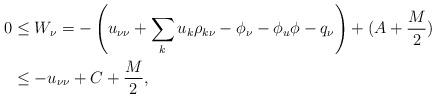
LaTeX: \begin{align*}\begin{aligned}0 &\leq W_\nu = - \left(u_{\nu\nu} + \sum_k u_{k} \rho_{k\nu} - \phi_\nu - \phi_{u} \phi - q_{\nu} \right) + (A + \frac{M}{2}) \\&\leq - u_{\nu\nu} + C + \frac{M}{2},\end{aligned}\end{align*}